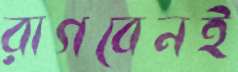
রাগবেনই